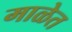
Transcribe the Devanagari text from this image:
माळेत